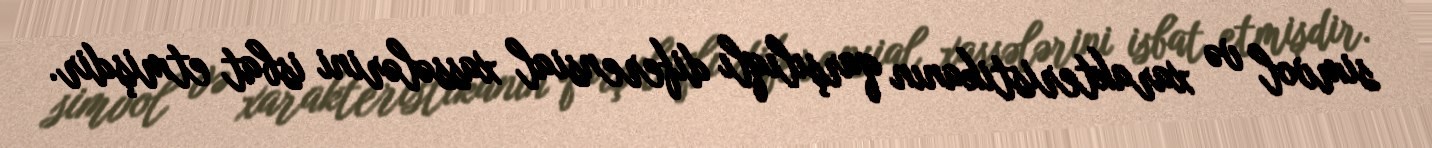
simvol və xarakteristikanın qarşılıqlı diferensial xassələrini isbat etmişdir.